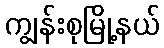
ကျွန်းစုမြို့နယ်